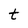
Character: t